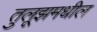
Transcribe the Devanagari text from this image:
तुलूझमधील